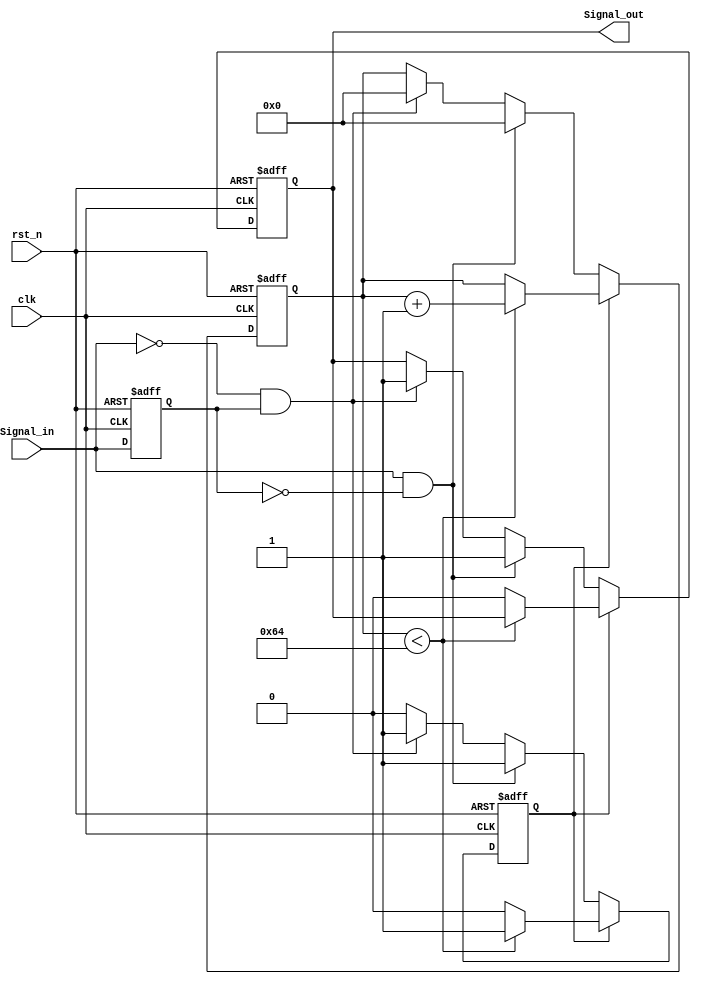
module MonostableEdgeDetector (
    input wire clk,              // Clock signal
    input wire rst_n,            // Active low reset
    input wire Signal_in,        // Input signal to monitor
    output reg Signal_out        // Output pulse signal
);

    // Parameters
    parameter PULSE_WIDTH = 100; // Pulse width in clock cycles

    // State variables
    reg Signal_in_d;             // Delayed version of Signal_in
    reg [6:0] counter;           // Counter for pulse width (7 bits for up to 127 cycles)
    reg pulse_active;            // Indicates if pulse is currently active

    // Edge detection logic
    always @(posedge clk or negedge rst_n) begin
        if (!rst_n) begin
            Signal_in_d <= 1'b0;
        end else begin
            Signal_in_d <= Signal_in; // Sample input signal
        end
    end

    // Pulse generation logic
    always @(posedge clk or negedge rst_n) begin
        if (!rst_n) begin
            Signal_out <= 1'b0;
            counter <= 0;
            pulse_active <= 1'b0;
        end else begin
            if (!pulse_active) begin
                // Detect rising edge
                if (Signal_in && !Signal_in_d) begin
                    Signal_out <= 1'b1; // Start pulse
                    counter <= 0;       // Reset counter
                    pulse_active <= 1'b1; // Set pulse active
                end
                // Detect falling edge
                else if (!Signal_in && Signal_in_d) begin
                    Signal_out <= 1'b1; // Start pulse
                    counter <= 0;       // Reset counter
                    pulse_active <= 1'b1; // Set pulse active
                end
            end else begin
                // If pulse is active, increment counter
                if (counter < PULSE_WIDTH) begin
                    counter <= counter + 1;
                end else begin
                    Signal_out <= 1'b0; // End pulse
                    pulse_active <= 1'b0; // Reset pulse active
                end
            end
        end
    end

endmodule